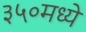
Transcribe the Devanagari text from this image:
३५०मध्ये